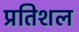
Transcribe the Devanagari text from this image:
प्रतिशल